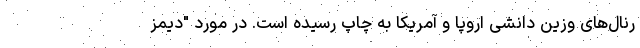
رنال‌های وزین دانشی اروپا و آمریکا به چاپ رسیده است. در مورد "دیمز